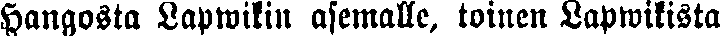
Hangosta Lapwikin asemalle, toinen Lapwikista